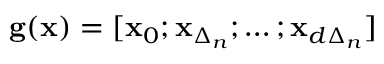
\mathbf { g ( x ) } = [ \mathbf { x } _ { 0 } ; \mathbf { x } _ { \Delta _ { n } } ; \ldots ; \mathbf { x } _ { d \Delta _ { n } } ]